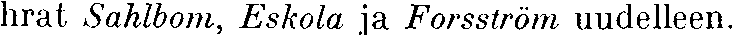
hrat Sahlbom, Eskola ja Forsström uudelleen.